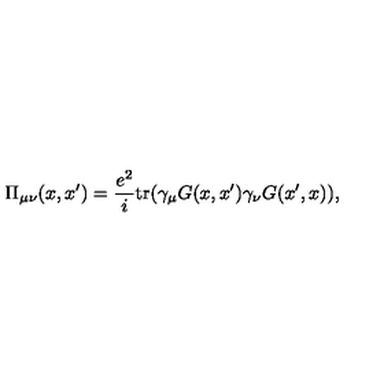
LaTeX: \Pi _ { \mu \nu } ( x , x ^ { \prime } ) = \frac { e ^ { 2 } } { i } \mathrm { t r } ( \gamma _ { \mu } G ( x , x ^ { \prime } ) \gamma _ { \nu } G ( x ^ { \prime } , x ) ) ,